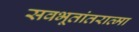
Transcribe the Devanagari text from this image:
सवभूतांतरात्मा